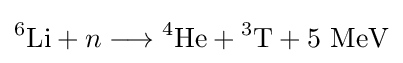
{}^{6}\mathrm {Li} +n\longrightarrow {}^{4}\mathrm {He} +{}^{3}\mathrm {T} +5\ \mathrm {MeV}